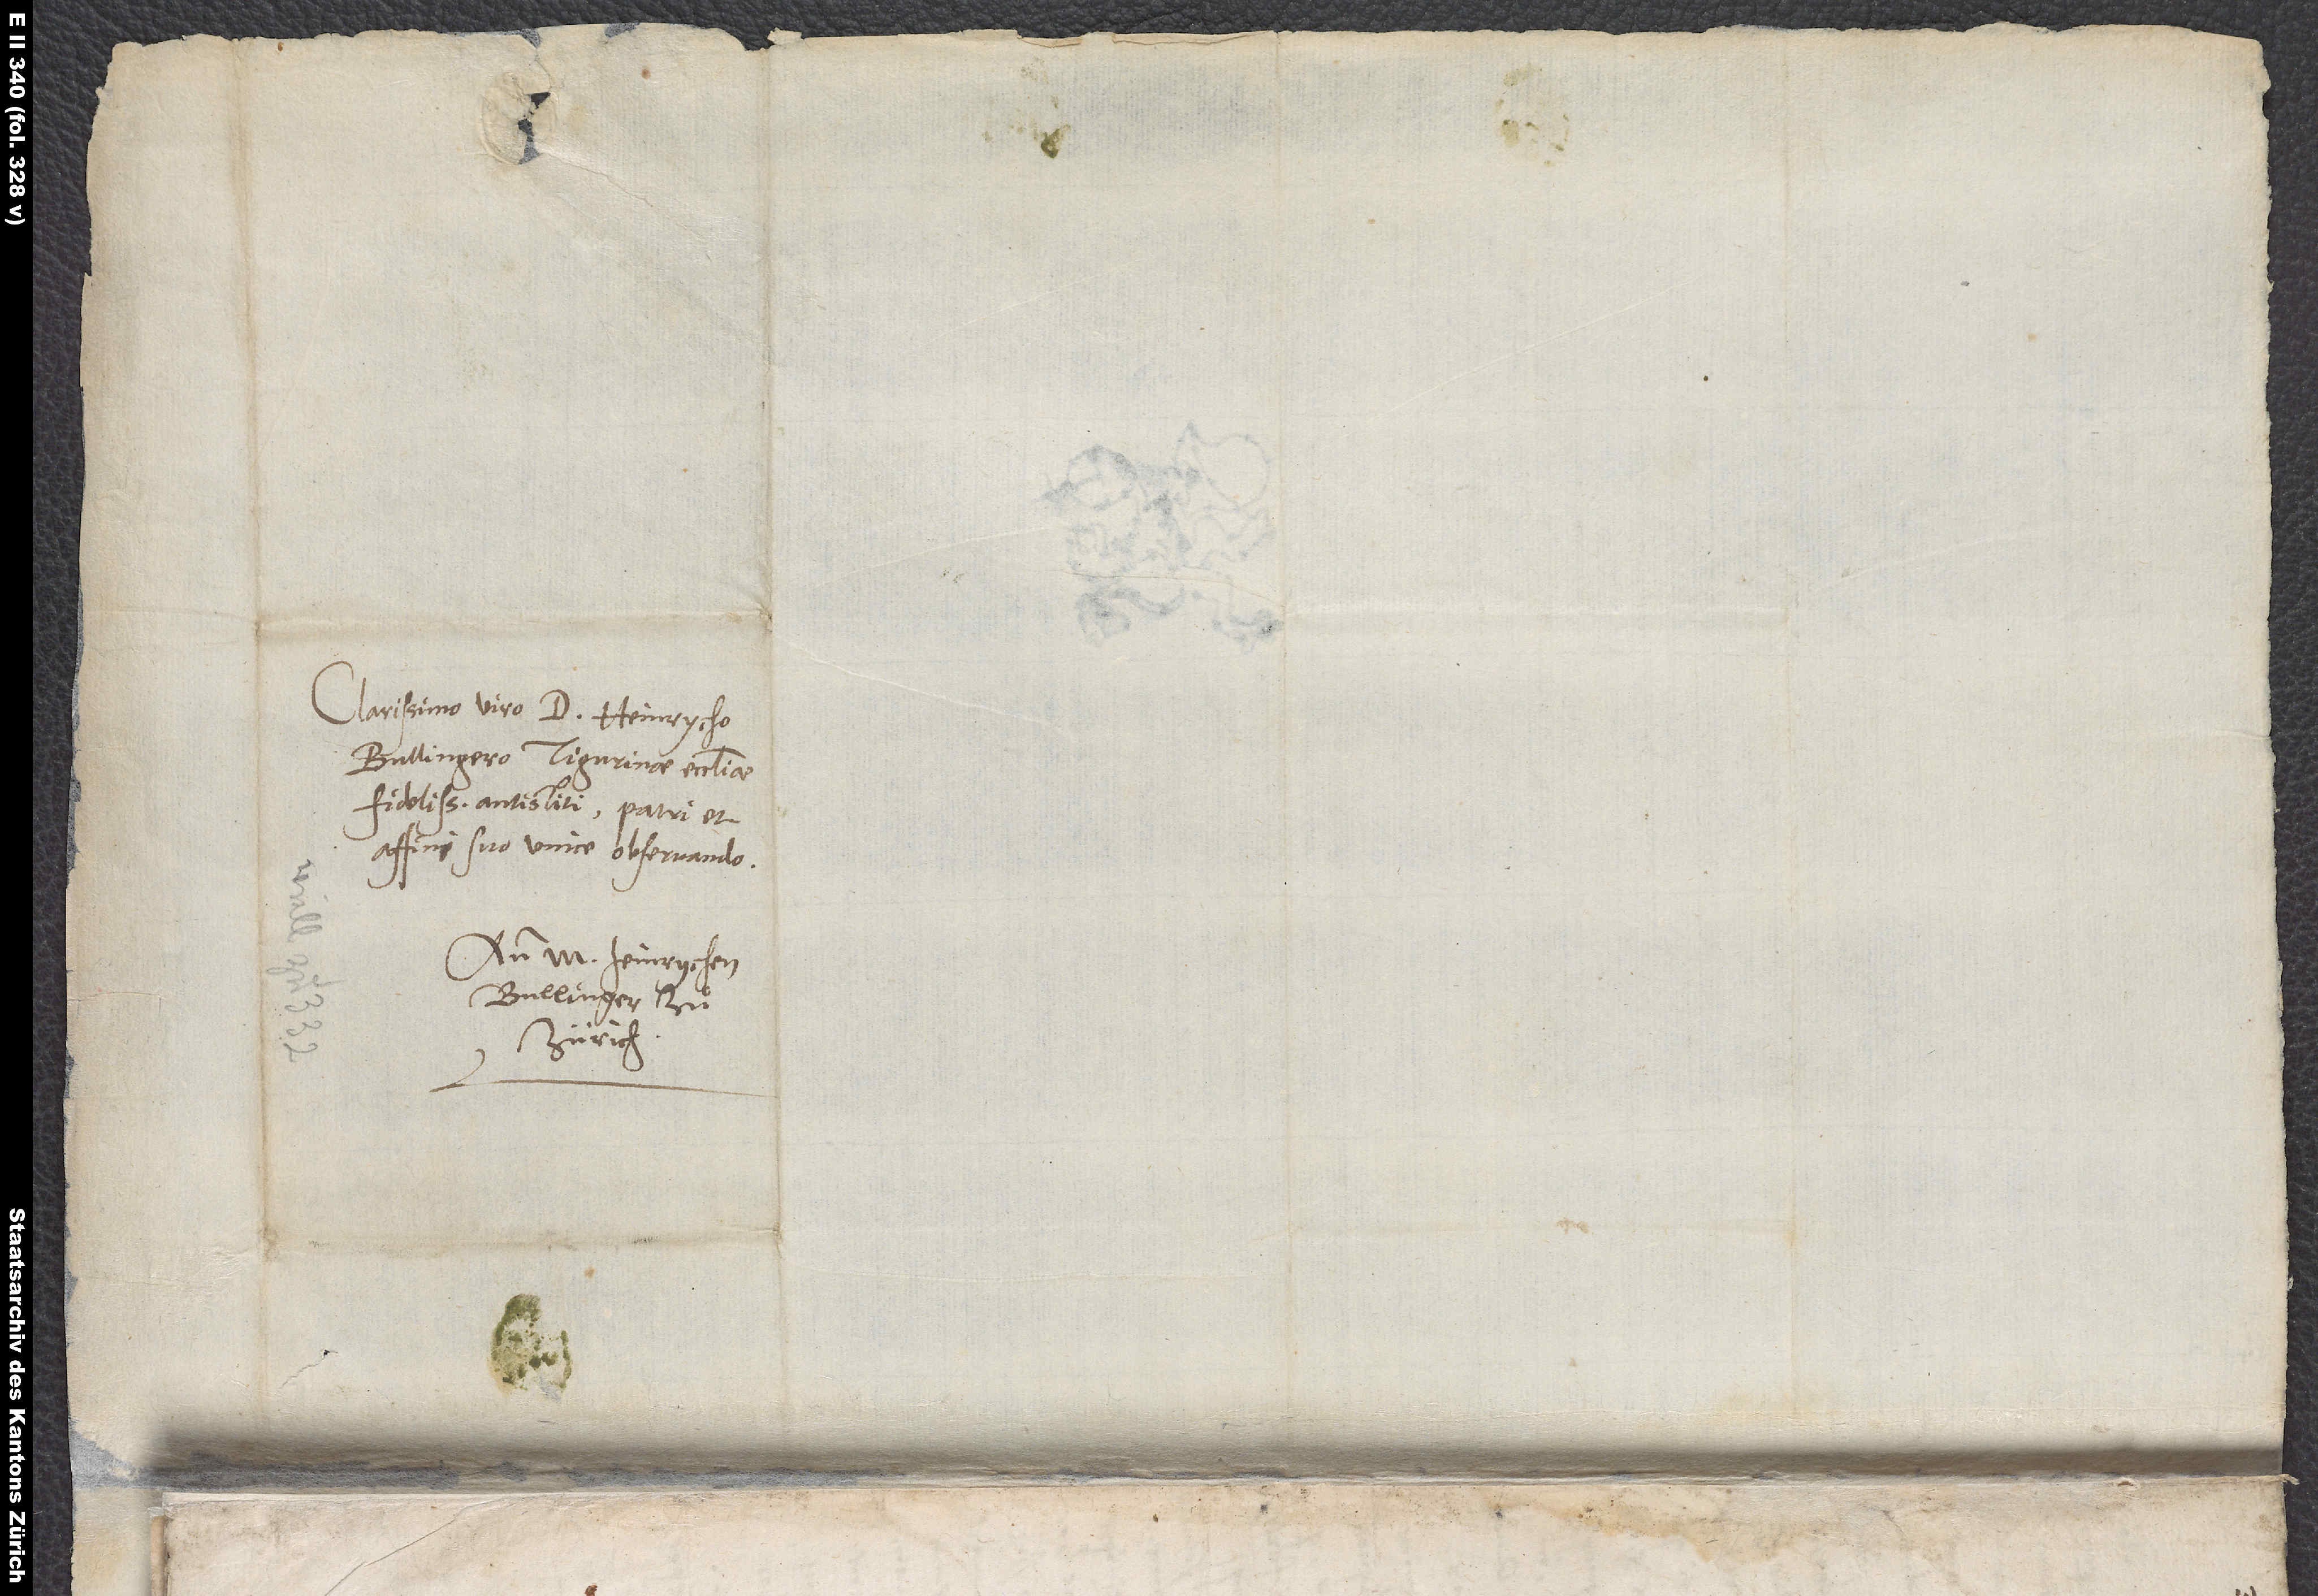
Clarissimo viro d. Heinrycho
Bullingero, Tigurinae ecclesiae
fidelissimo antistiti, patri et
affini suo unice observando.
An m. Heinrychen
Bullinger zuͦ
Zürich.